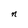
Character: n